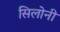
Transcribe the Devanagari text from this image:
सिलोनी